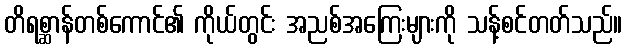
တိရစ္ဆာန်တစ်ကောင်၏ ကိုယ်တွင်း အညစ်အကြေးများကို သန့်စင်တတ်သည်။